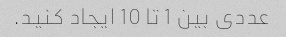
عددی بین 1 تا 10 ایجاد کنید.